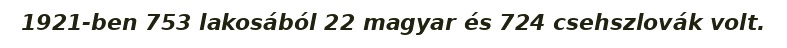
1921-ben 753 lakosából 22 magyar és 724 csehszlovák volt.